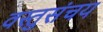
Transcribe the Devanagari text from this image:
वस्तुसंचय